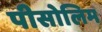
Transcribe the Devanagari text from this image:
पीसोलिम